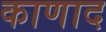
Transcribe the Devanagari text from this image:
काणाद